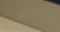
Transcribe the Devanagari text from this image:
साम्राज्यामुळे